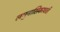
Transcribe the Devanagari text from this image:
लघुनासिकाधारी